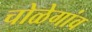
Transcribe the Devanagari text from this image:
चोळेगांव